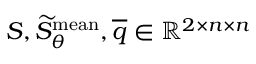
S , \widetilde { S } _ { \theta } ^ { \mathrm { m e a n } } , \overline { { q } } \in \mathbb { R } ^ { 2 \times n \times n }